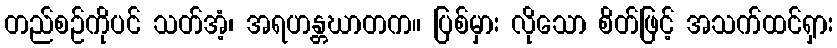
တည်စဉ်ကိုပင် သတ်အံ့၊ အရဟန္တဃာတက။ ပြစ်မှား လိုသော စိတ်ဖြင့် အသက်ထင်ရှား